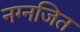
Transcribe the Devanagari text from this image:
नग्नजित